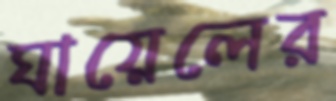
ঘায়েলের